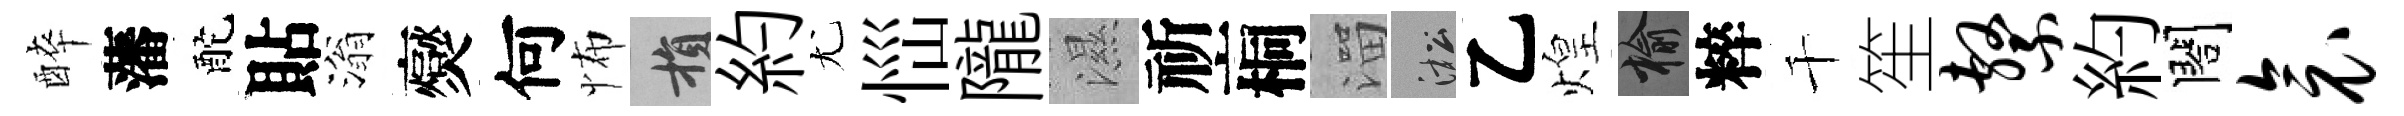
醉藩酡貼滃爕何怖損約尤𢙉隴濕祈桐溜淞乙煌榆粹千笙系約閤衾